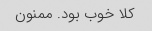
کلا خوب بود. ممنون